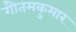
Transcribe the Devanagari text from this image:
गौतमकुमार